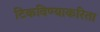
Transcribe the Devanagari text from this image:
टिकविण्याकरिता